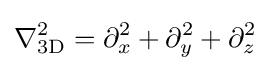
\nabla _{\text{3D}}^{2}=\partial _{x}^{2}+\partial _{y}^{2}+\partial _{z}^{2}